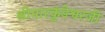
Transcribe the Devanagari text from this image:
श्रीमारकुंडेश्वरजी